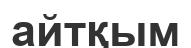
айтқым